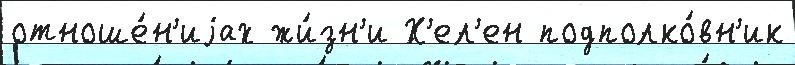
отноше́н'иjах жи́зн'и Х'ел'ен подполко́вн'ик